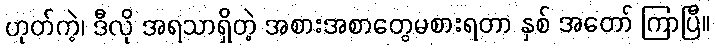
ဟုတ်ကဲ့၊ ဒီလို အရသာရှိတဲ့ အစားအစာတွေမစားရတာ နှစ် အတော် ကြာပြီ။